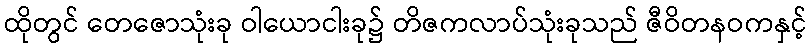
ထိုတွင် တေဇောသုံးခု ဝါယောငါးခု၌ တိဇကလာပ်သုံးခုသည် ဇီဝိတနဝကနှင့်